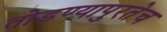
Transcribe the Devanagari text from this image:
तोडण्यापुरतेच